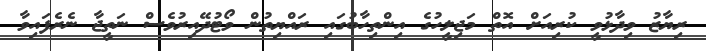
ރިޔާޒު ވިދާޅުވީ ކުރިއަށް އޮތް މަޖިލީހުގެ އިންތިހާބުގައި ރައްޔިތުން ވޯޓުދޭއިރުވެސް ނަތީޖާ ނެރެފައިވާ